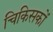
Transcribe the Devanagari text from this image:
चिकिसकों